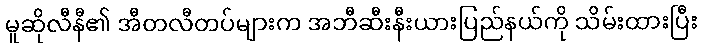
မူဆိုလီနီ၏ အီတလီတပ်များက အဘီဆီးနီးယားပြည်နယ်ကို သိမ်းထားပြီး